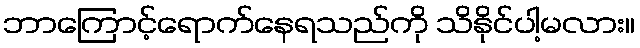
ဘာကြောင့်ရောက်နေရသည်ကို သိနိုင်ပါ့မလား။